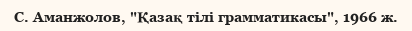
С. Аманжолов, "Қазақ тілі грамматикасы", 1966 ж.